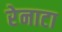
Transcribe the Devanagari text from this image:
रेनाटा